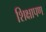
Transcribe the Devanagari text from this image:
शिक्षापण